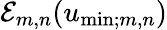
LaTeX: \mathcal{E}_{m,n}(u_{\mathrm{min};m,n})